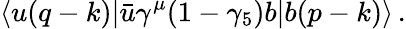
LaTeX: \langle u(q-k)|\bar{u}\gamma^{\mu}(1-\gamma_{5})b|b(p-k)\rangle\, .